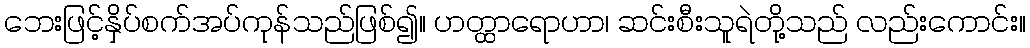
ဘေးဖြင့်နှိပ်စက်အပ်ကုန်သည်ဖြစ်၍။ ဟတ္ထာရောဟာ၊ ဆင်းစီးသူရဲတို့သည် လည်းကောင်း။